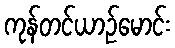
ကုန်တင်ယာဉ်မောင်း